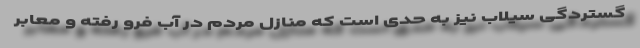
گستردگی سیلاب نیز به حدی است که منازل مردم در آب فرو رفته و معابر